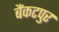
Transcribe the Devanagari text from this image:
बैंकटपुर